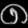
Digit: ၈